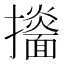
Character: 𢹙